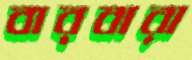
বারবারা